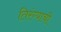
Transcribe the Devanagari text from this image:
तिरंग्याची